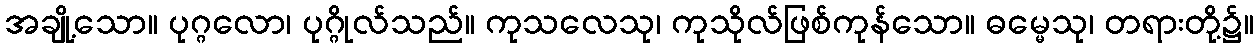
အချို့သော။ ပုဂ္ဂလော၊ ပုဂ္ဂိုလ်သည်။ ကုသလေသု၊ ကုသိုလ်ဖြစ်ကုန်သော။ ဓမ္မေသု၊ တရားတို့၌။